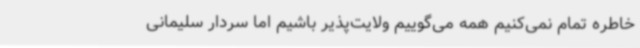
خاطره تمام نمی‌کنیم همه می‌گوییم ولایت‌پذیر باشیم اما سردار سلیمانی